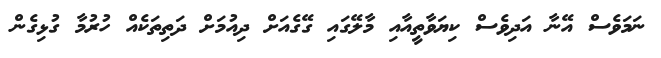
ނަމަވެސް އޭނާ އަދިވެސް ކިޔަވާތީއާއި މާލޭގައި ގޭގެއަށް ދިއުމަށް ދަތިތަކެއް ހުރުމާ ގުޅިގެން